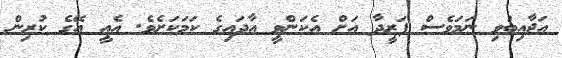
އަޖާއިބުވި ނަމަވެސް ފަރީދާ އަށް އެކަންވީ އާދައިގެ ކަމަކަށެވެ. އެއީ އޭގެ ކުރިން